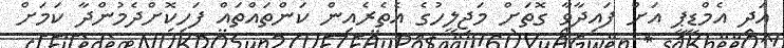
އަދި އެމްޑީޕީ އަށް ފައިދާވާ ގޮތަށް މަޖިލީހުގެ އެތެރެއިން ކަންތައްތައް ފަހިކޮށްދެމުންދާ ކަމަށް